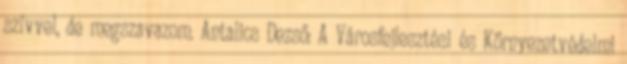
szívvel, de megszavazom. Antalics Dezső: A Városfejlesztési és Környezetvédelmi